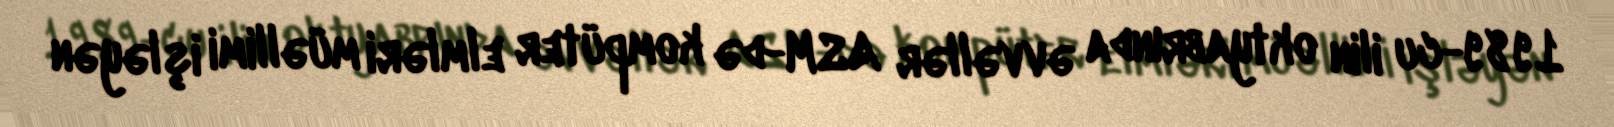
1989-cu ilin oktyabrında əvvəllər ASM-də kompüter elmləri müəllimi işləyən